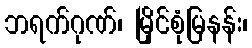
ဘရက်ဂုဏ်၊ မြိုင်စုံမြနန်း၊